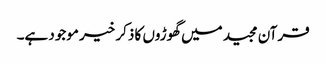
قرآن مجید میں گھوڑوں کا ذکر خیر موجود ہے۔